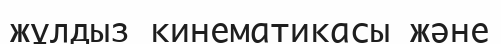
жұлдыз кинематикасы және